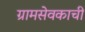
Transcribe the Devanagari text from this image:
ग्रामसेवकाची